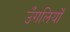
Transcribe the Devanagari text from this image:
उँगलियोँ